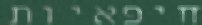
חיפאיות